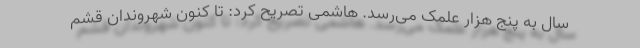
سال به پنج هزار علمک می‌رسد. هاشمی تصریح کرد: تا کنون شهروندان قشم